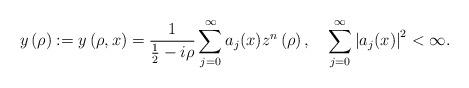
LaTeX: \begin{align*}y\left( \rho\right) :=y\left( \rho,x\right) =\frac{1}{\frac{1}{2}-i\rho}\sum_{j=0}^{\infty}a_{j}(x)z^{n}\left( \rho\right) ,\quad\sum_{j=0}^{\infty}\left\vert a_{j}(x)\right\vert ^{2}<\infty. \end{align*}